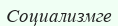
Социализмге